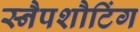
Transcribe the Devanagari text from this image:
स्नैपशौटिंग